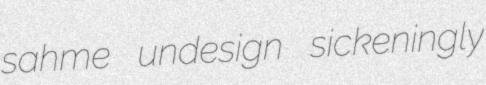
sahme undesign sickeningly